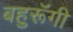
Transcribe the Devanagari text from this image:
बहुरूॅंगी